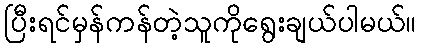
ပြီးရင်မှန်ကန်တဲ့သူကိုရွေးချယ်ပါမယ်။